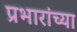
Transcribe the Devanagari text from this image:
प्रभारांच्या